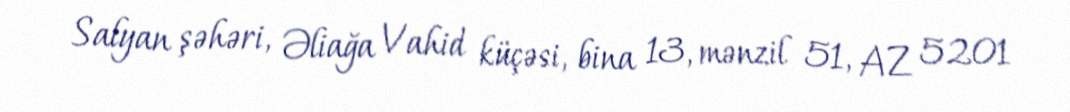
Salyan şəhəri, Əliağa Vahid küçəsi, bina 13, mənzil 51, AZ 5201